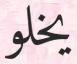
يخلو